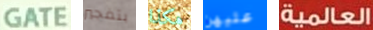
GATE بتفجير هكذا عليهن العالمية